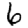
Digit: 6